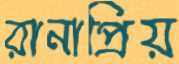
রানাপ্রিয়